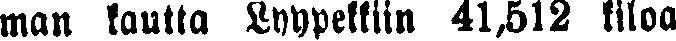
man kautta Lyypekkiin 41,512 kiloa